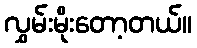
လွှမ်းမိုးတော့တယ်။